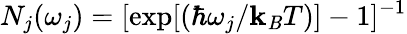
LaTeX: N_{j}(\omega_{j})=[\exp[(\hbar\omega_{j}/\mathbf{k}_{\mathit{B}}T)]-1]^{-1}